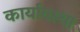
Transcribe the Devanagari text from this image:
कार्यावस्था